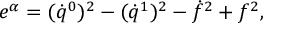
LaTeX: e ^ { \alpha } = ( \dot { q } ^ { 0 } ) ^ { 2 } - ( \dot { q } ^ { 1 } ) ^ { 2 } - \dot { f } ^ { 2 } + f ^ { 2 } ,